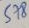
Text: 578